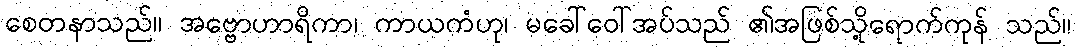
စေတနာသည်။ အဗ္ဗောဟာရိကာ၊ ကာယကံဟု၊ မခေါ်ဝေါ်အပ်သည် ၏အဖြစ်သို့ရောက်ကုန် သည်။